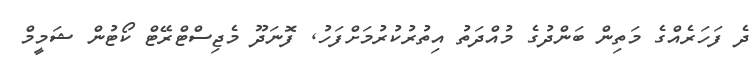
ދެ ފަހަރެއްގެ މަތިން ބަންދުގެ މުއްދަތު އިތުރުކުރުމަށްފަހު